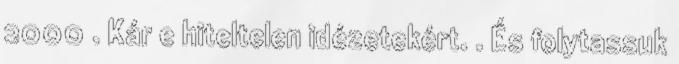
2000 . Kár e hiteltelen idézetekért. . És folytassuk